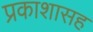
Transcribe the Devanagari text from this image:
प्रकाशासह